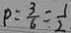
P = \frac { 3 } { 6 } = \frac { 1 } { 2 }